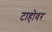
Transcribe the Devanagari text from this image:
टाहोवर